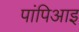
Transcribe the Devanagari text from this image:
पांपिआइ